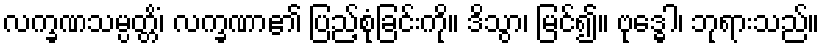
လက္ခဏသမ္ပတ္တိံ၊ လက္ခဏာ၏ ပြည့်စုံခြင်းကို။ ဒိသွာ၊ မြင်၍။ ဗုဒ္ဓေါ၊ ဘုရားသည်။